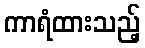
ကာရံထားသည့်